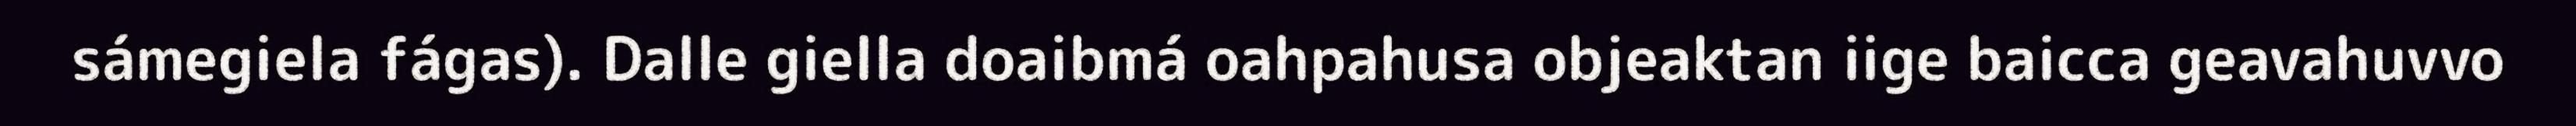
sámegiela fágas). Dalle giella doaibmá oahpahusa objeaktan iige baicca geavahuvvo